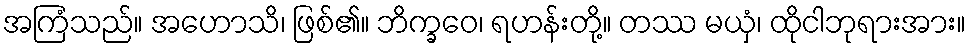
အကြံသည်။ အဟောသိ၊ ဖြစ်၏။ ဘိက္ခဝေ၊ ရဟန်းတို့။ တဿ မယှံ၊ ထိုငါဘုရားအား။